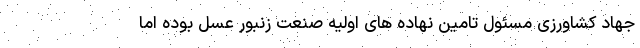
جهاد کشاورزی مسئول تامین نهاده های اولیه صنعت زنبور عسل بوده اما